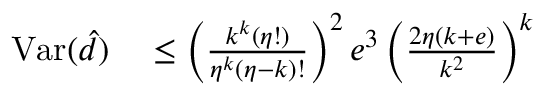
\begin{array} { r l } { \mathrm { V a r } ( \hat { d } ) } & { { } \leq \left( \frac { k ^ { k } \left( \eta ! \right) } { \eta ^ { k } \left( \eta - k \right) ! } \right) ^ { 2 } e ^ { 3 } \left( \frac { 2 \eta \left( k + e \right) } { k ^ { 2 } } \right) ^ { k } } \end{array}